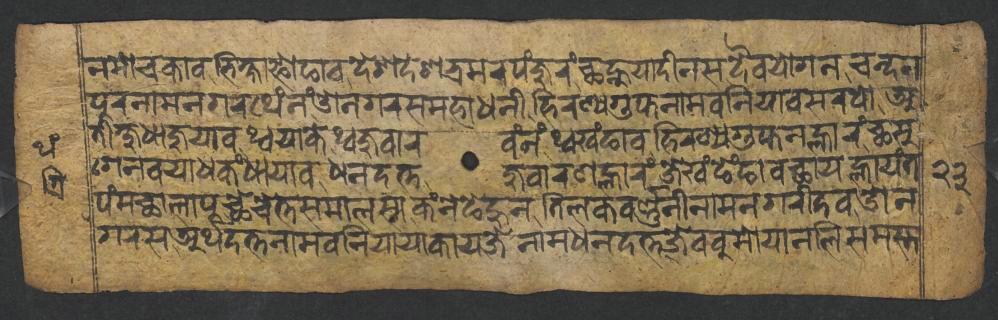
𑐣𑐩𑑀𑐔𑐎𑐵𑐰𑐨𑐶𑐎𑑂𑐲𑐵𑐦𑑀𑐒𑐵𑐰𑐡𑐾𑐱𑐡𑐾𑐱𑐨𑑂𑐬𑐩𑐬𑐥𑑄𑐖𑐸𑐬𑑄,𑐕𑐣𑑂𑐴𑐸𑐫𑐵𑐡𑐷𑐣𑐳𑐡𑐿𑐰𑐫𑑀𑐐𑐣𑐔𑐣𑑂𑐡𑐣 𑐥𑐸𑐬𑐣𑐵𑐩𑐣𑐐𑐬𑐠𑐾𑑄𑐣𑑄,𑐌𑐣𑐐𑐬𑐳𑐩𑐴𑐵𑐢𑐣𑐷𑐴𑐶𑐬𑐞𑑂𑐫𑐐𑐸𑐥𑑂𑐟𑐣𑐵𑐩𑐧𑐣𑐶𑐫𑐵𑐧𑐳𑐬𑐥𑑀,𑐀 𑐟𑐷𑐎𑑂𑐲𑐸𑐢𑐵𑐖𑐸𑐫𑐵𑐰𑐠𑑂𑐰𑐫𑐵𑐎𑐾𑐠𑑂𑐰𑐖𑐸𑐰𑐵𑐬𑐰𑑄𑐣𑑄,𑐠𑑂𑐰𑐏𑑄𑐒𑐵𑐰𑐴𑐶𑐬𑐞𑑂𑐫𑐐𑐸𑐥𑑂𑐟𑐣𑐮𑑂𑐴𑐵𑐬𑑄,𑐕𑐳𑐸, 𑐐𑐾𑐣𑐰𑐫𑐵𑐢𑐎𑑄𑐢𑐵𑐫𑐵𑐰𑐢𑐣𑐡𑐟𑑂𑐟𑐖𑐸𑐰𑐵𑐬𑐞𑐮𑑂𑐴𑐵𑐬𑑄,𑐖𑐾𑐏𑑄𑐒𑐾𑑄𑐒𑐵𑐰𑐕𑐵𑐫𑐮𑑂𑐴𑐵𑐫𑑄𑐟 𑐥𑑄𑐩𑐕𑐵𑐮𑐵𑐥𑐹,𑐕𑐾𑐔𑐾𑐟𑑂𑐟𑐳𑐩𑐵𑐮𑐳𑐵𑐎𑑄𑐣𑐾𑐒𑐾𑐴𑐸𑐣𑐟𑐶𑐮𑐎𑐰𑐬𑑂𑐞𑑂𑐞𑐣𑐷𑐣𑐵𑐩𑐣𑐐𑐬𑐷𑐡𑐰𑐌𑐣 𑐐𑐬𑐳𑐀𑐬𑑂𑐠𑐡𑐟𑑂𑐟𑐣𑐵𑐩𑐧𑐣𑐶𑐫𑐵𑐫𑐵𑐎𑐵𑐫𑐖𑐾𑐣𑐵𑐩𑐢𑐣𑐡𑐟𑑂𑐟𑐖𑐾𑐧𑐧𑐸𑐩𑑀𑐫𑐵𑐣𑐮𑐶𑐳𑐩𑐳𑑂𑐟